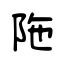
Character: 陁